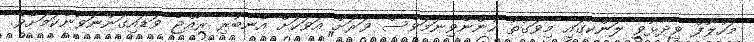
މަހުލޫފް ވިދާޅުވީ ލަންކާގައި މިވަގުތު ހުންނެވިނަމަވެސް ވަރަށް އަވަހަށް އެނބުރި ރާއްޖެ ވަޑައިގަންނަވާނެކަމަށެވެ.